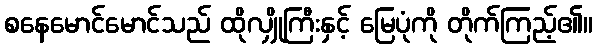
စနေမောင်မောင်သည် ထိုလျှိုကြီးနှင့် မြေပုံကို တိုက်ကြည့်၏။